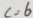
c = 6